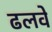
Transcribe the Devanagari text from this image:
ढलवें